Jaan_Tonisson_(Lasteleht), lk 259
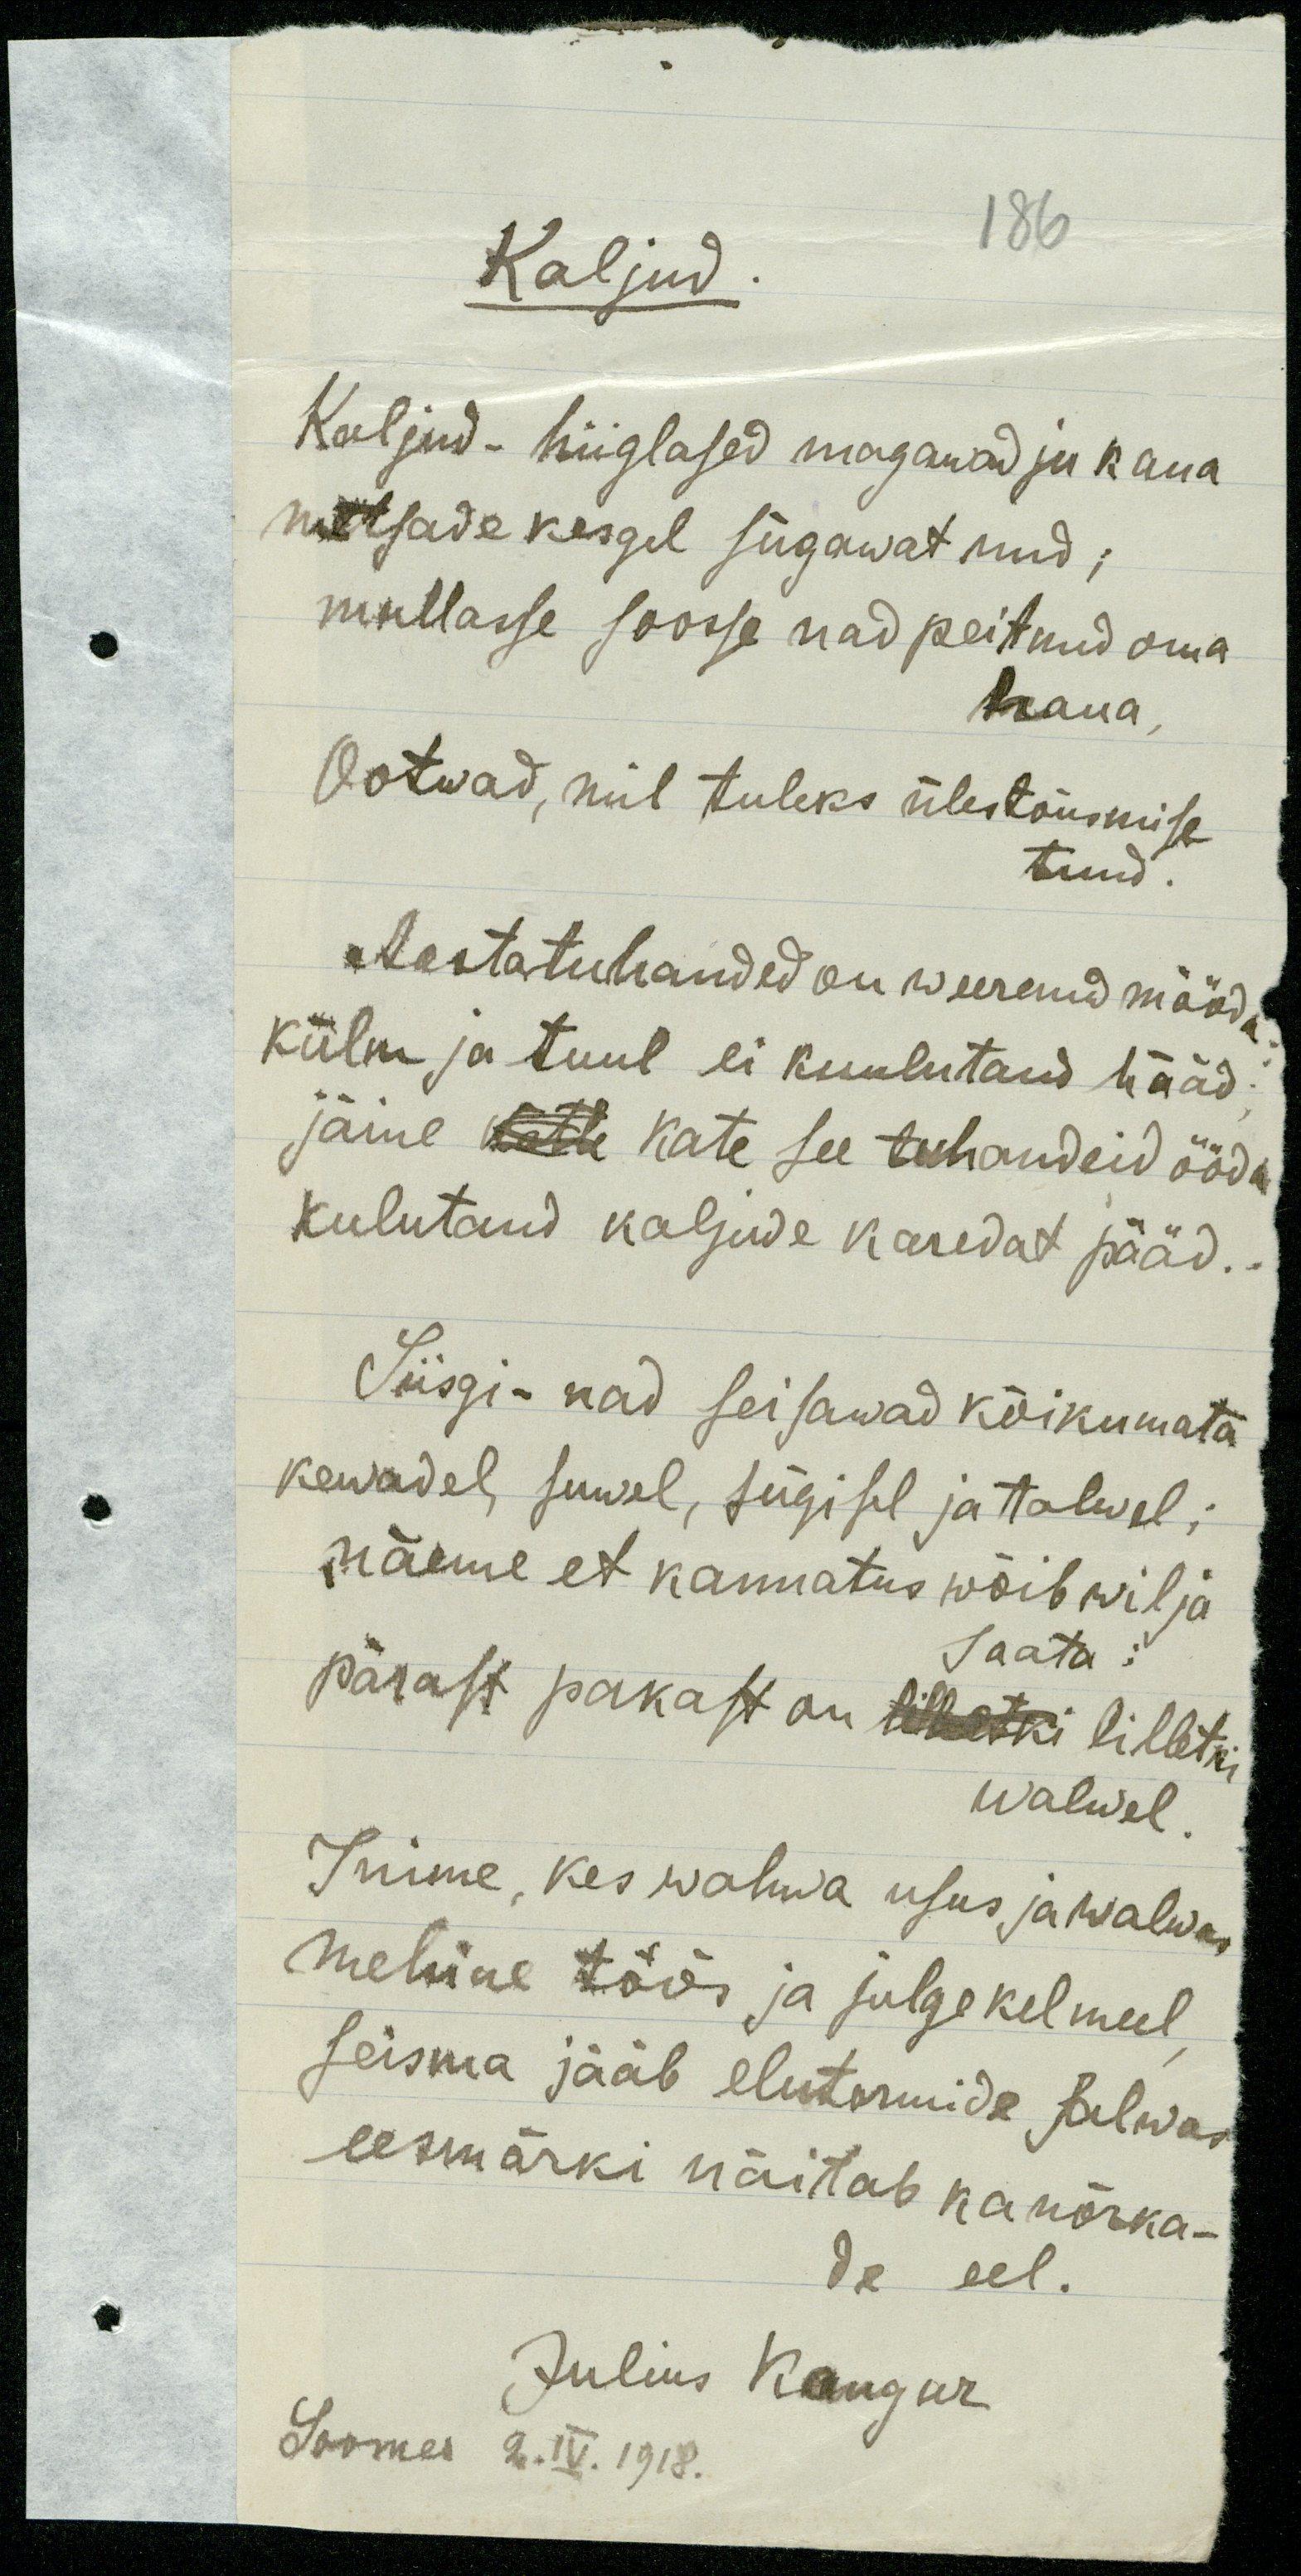
186
Kaljud.
Kaljud - hiiglased magawad ju kaua
metsade kesgel sügawat und;
mullasse soosse nad peitnud oma
haua,
Ootwad, mil tuleks ülestõusmise
tund.
Aastatuhanded on weerenud mööda
külm ja tuul ei kuulutand hääd
jäime kätte kate see tuhandeid ööda
kulutand kaljude karedat pääd..
Siisgi- nad seisawad kõikumata
kewadel, suwel, sügisel ja talwel;
näeme et kannatus wõib wilja
Saata
pärast pakast on lilletki lilletki
walwel
Inime, kes wahwa usus ja walwas
mehine töös ja julge kel meel
seisma jääb elutormide tulwas
eesmärki näitab ka nõrka-
de eel.
Julius Kangur
Soomes 2. IV. 1918.